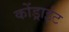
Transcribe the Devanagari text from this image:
कोंड्राईट